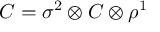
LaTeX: { \cal C } = \sigma ^ { 2 } \otimes C \otimes \rho ^ { 1 }